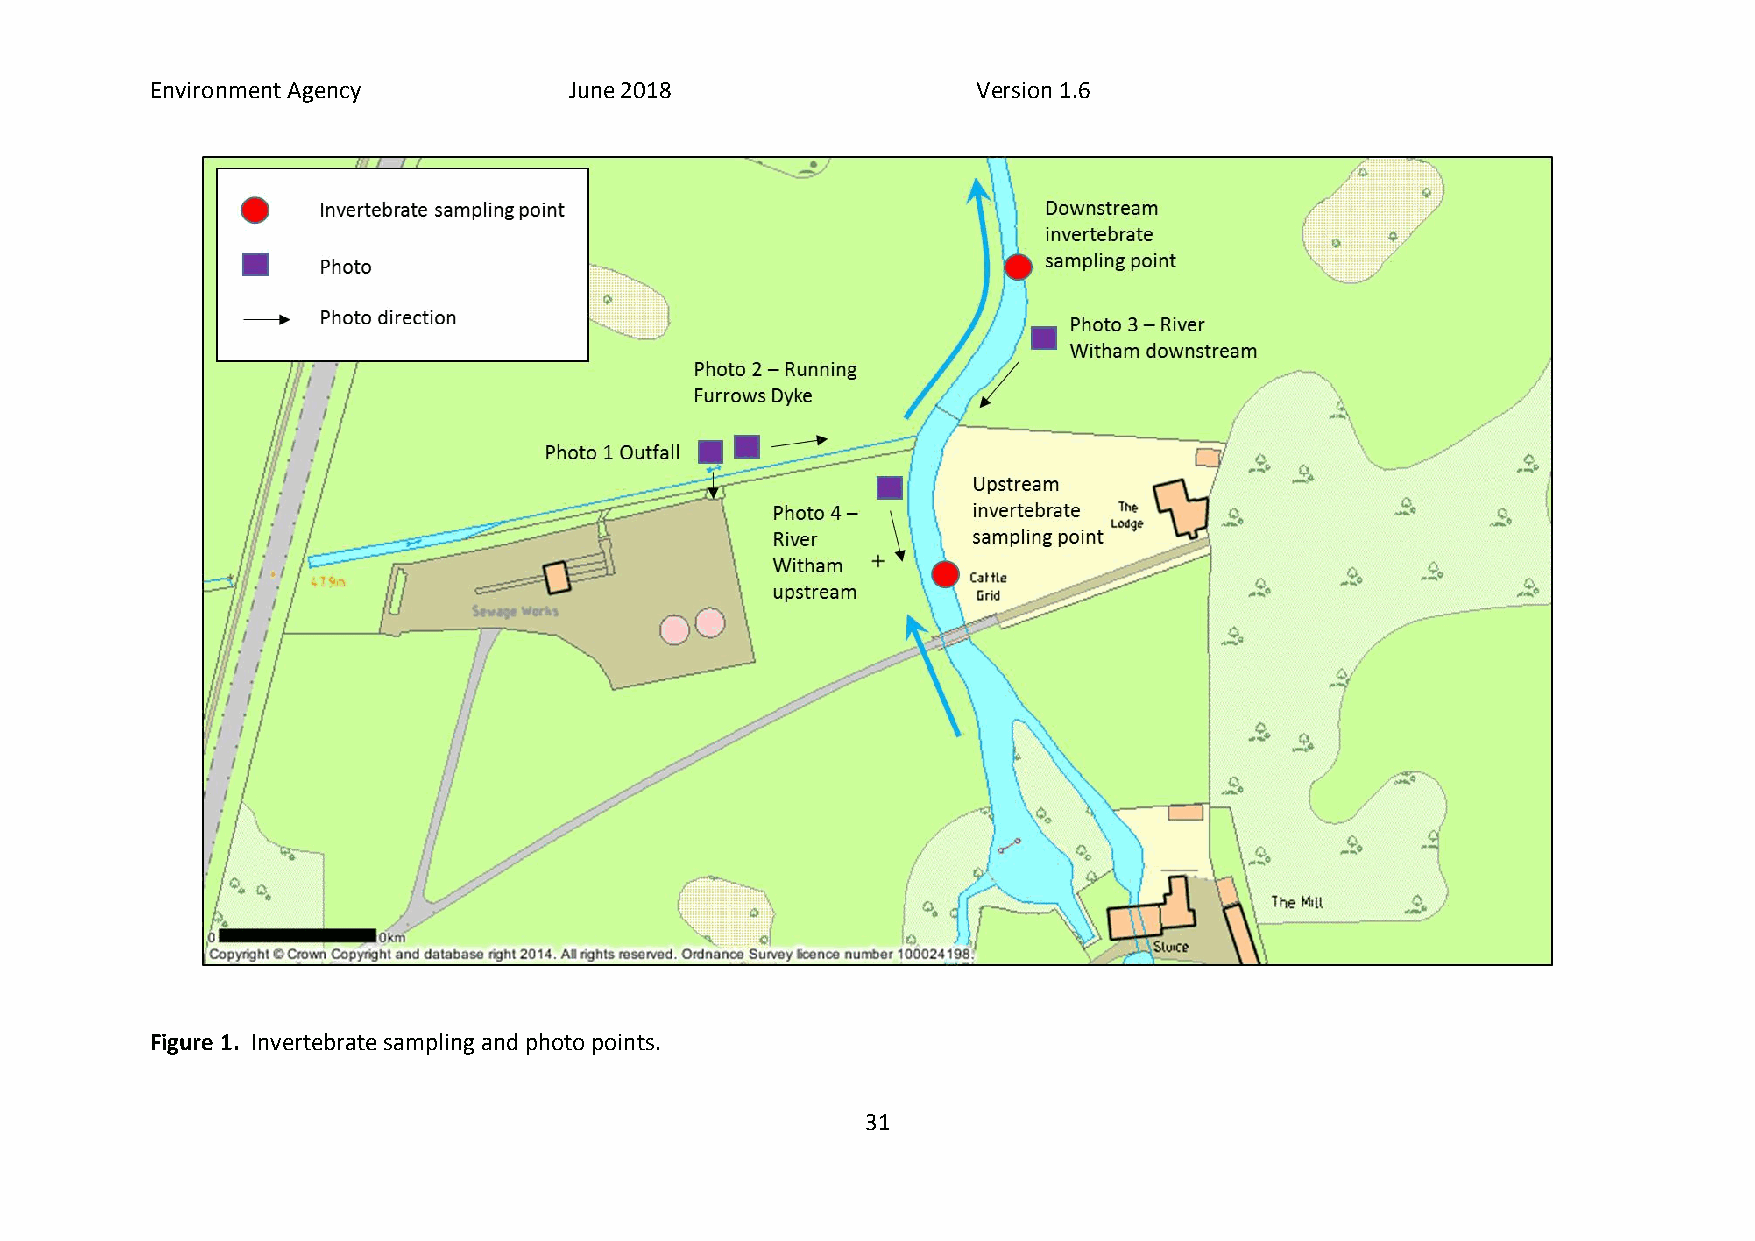
Environment Agency          June 2018                  Version 1.6
 Figure 1. Invertebrate sampling and photo points.
 31